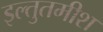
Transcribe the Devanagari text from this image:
इल्तुतमीश